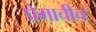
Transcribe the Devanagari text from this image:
प्रेमाचीच